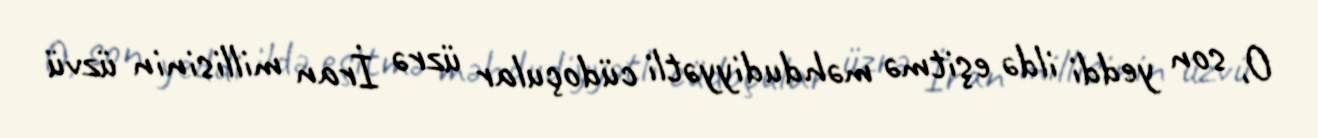
O, son yeddi ildə eşitmə məhdudiyyətli cüdoçular üzrə İran millisinin üzvü